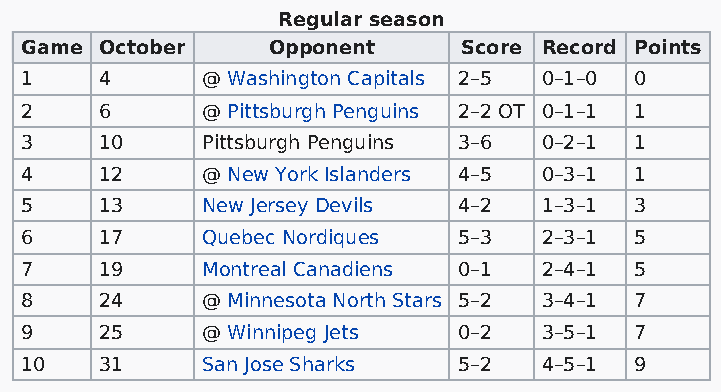
Regular season
 Game  October    Opponent     Score Record Points
 1     4     @ Washington Capitals 2–5 0–1–0 0
 2     6     @ Pittsburgh Penguins 2–2 OT 0–1–1 1
 3     10    Pittsburgh Penguins 3–6 0–2–1 1
 4     12    @ New York Islanders 4–5 0–3–1 1
 5     13    New Jersey Devils 4–2  1–3–1 3
 6     17    Quebec Nordiques 5–3   2–3–1 5
 7     19    Montreal Canadiens 0–1 2–4–1 5
 8     24    @ Minnesota North Stars 5–2 3–4–1 7
 9     25    @ Winnipeg Jets  0–2   3–5–1 7
 10    31    San Jose Sharks  5–2   4–5–1 9